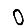
Digit: 0